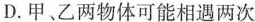
D.甲、乙两物体可能相遇两次